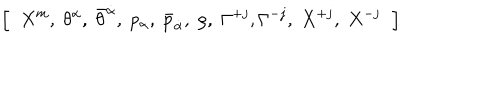
\left[ \; \; X ^ { m } , \; \theta ^ { \alpha } , \; \bar { \theta } ^ { \dot { \alpha } } , \; p _ { \alpha } , \; \bar { p } _ { \dot { \alpha } } , \; \rho , \; \Gamma ^ { + j } , \Gamma ^ { - j } , \; X ^ { + j } , \; X ^ { - j } \; \; \right] \nonumber